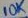
Text: 10k